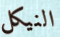
النيكل